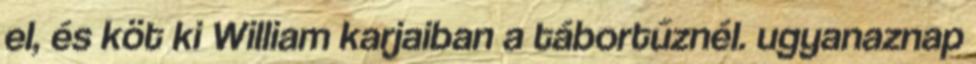
el, és köt ki William karjaiban a tábortűznél. ugyanaznap